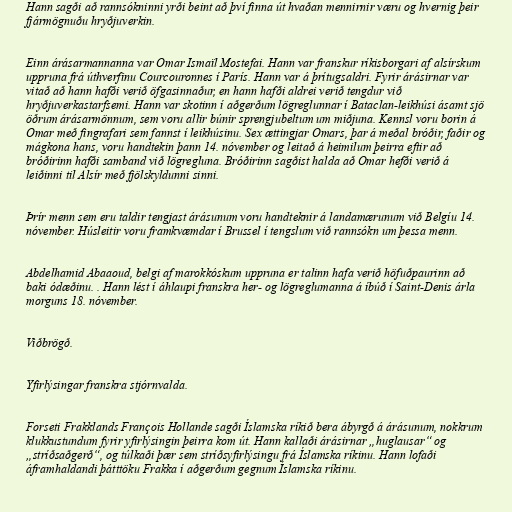
Hann sagði að rannsókninni yrði beint að því finna út hvaðan mennirnir væru og hvernig þeir
fjármögnuðu hryðjuverkin.

Einn árásarmannanna var Omar Ismaïl Mostefai. Hann var franskur ríkisborgari af alsírskum
uppruna frá úthverfinu Courcouronnes í París. Hann var á þrítugsaldri. Fyrir árásirnar var
vitað að hann hafði verið öfgasinnaður, en hann hafði aldrei verið tengdur við
hryðjuverkastarfsemi. Hann var skotinn í aðgerðum lögreglunnar í Bataclan-leikhúsi ásamt sjö
öðrum árásarmönnum, sem voru allir búnir sprengjubeltum um miðjuna. Kennsl voru borin á
Omar með fingrafari sem fannst í leikhúsinu. Sex ættingjar Omars, þar á meðal bróðir, faðir og
mágkona hans, voru handtekin þann 14. nóvember og leitað á heimilum þeirra eftir að
bróðirinn hafði samband við lögregluna. Bróðirinn sagðist halda að Omar hefði verið á
leiðinni til Alsír með fjöl­skyld­unni sinni.

Þrír menn sem eru taldir tengjast árásunum voru handteknir á landamærunum við Belgíu 14.
nóvember. Húsleitir voru framkvæmdar í Brussel í tengslum við rannsókn um þessa menn.

Abdelhamid Abaaoud, belgi af marokkóskum uppruna er talinn hafa verið höfuðpaurinn að
baki ódæðinu. . Hann lést í áhlaupi franskra her- og lögreglumanna á íbúð í Saint-Denis árla
morguns 18. nóvember.

Viðbrögð.

Yfirlýsingar franskra stjórnvalda.

Forseti Frakklands François Hollande sagði Íslamska ríkið bera ábyrgð á árásunum, nokkrum
klukkustundum fyrir yfirlýsingin þeirra kom út. Hann kallaði árásirnar „huglausar“ og
„stríðsaðgerð“, og túlkaði þær sem stríðsyfirlýsingu frá Íslamska ríkinu. Hann lofaði
áframhaldandi þátttöku Frakka í aðgerðum gegnum Íslamska ríkinu.